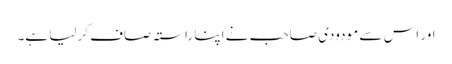
اور اس سے مودودی صاحب نے اپنا راستہ صاف کرلیا ہے۔